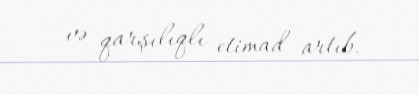
və qarşılıqlı etimad artıb.